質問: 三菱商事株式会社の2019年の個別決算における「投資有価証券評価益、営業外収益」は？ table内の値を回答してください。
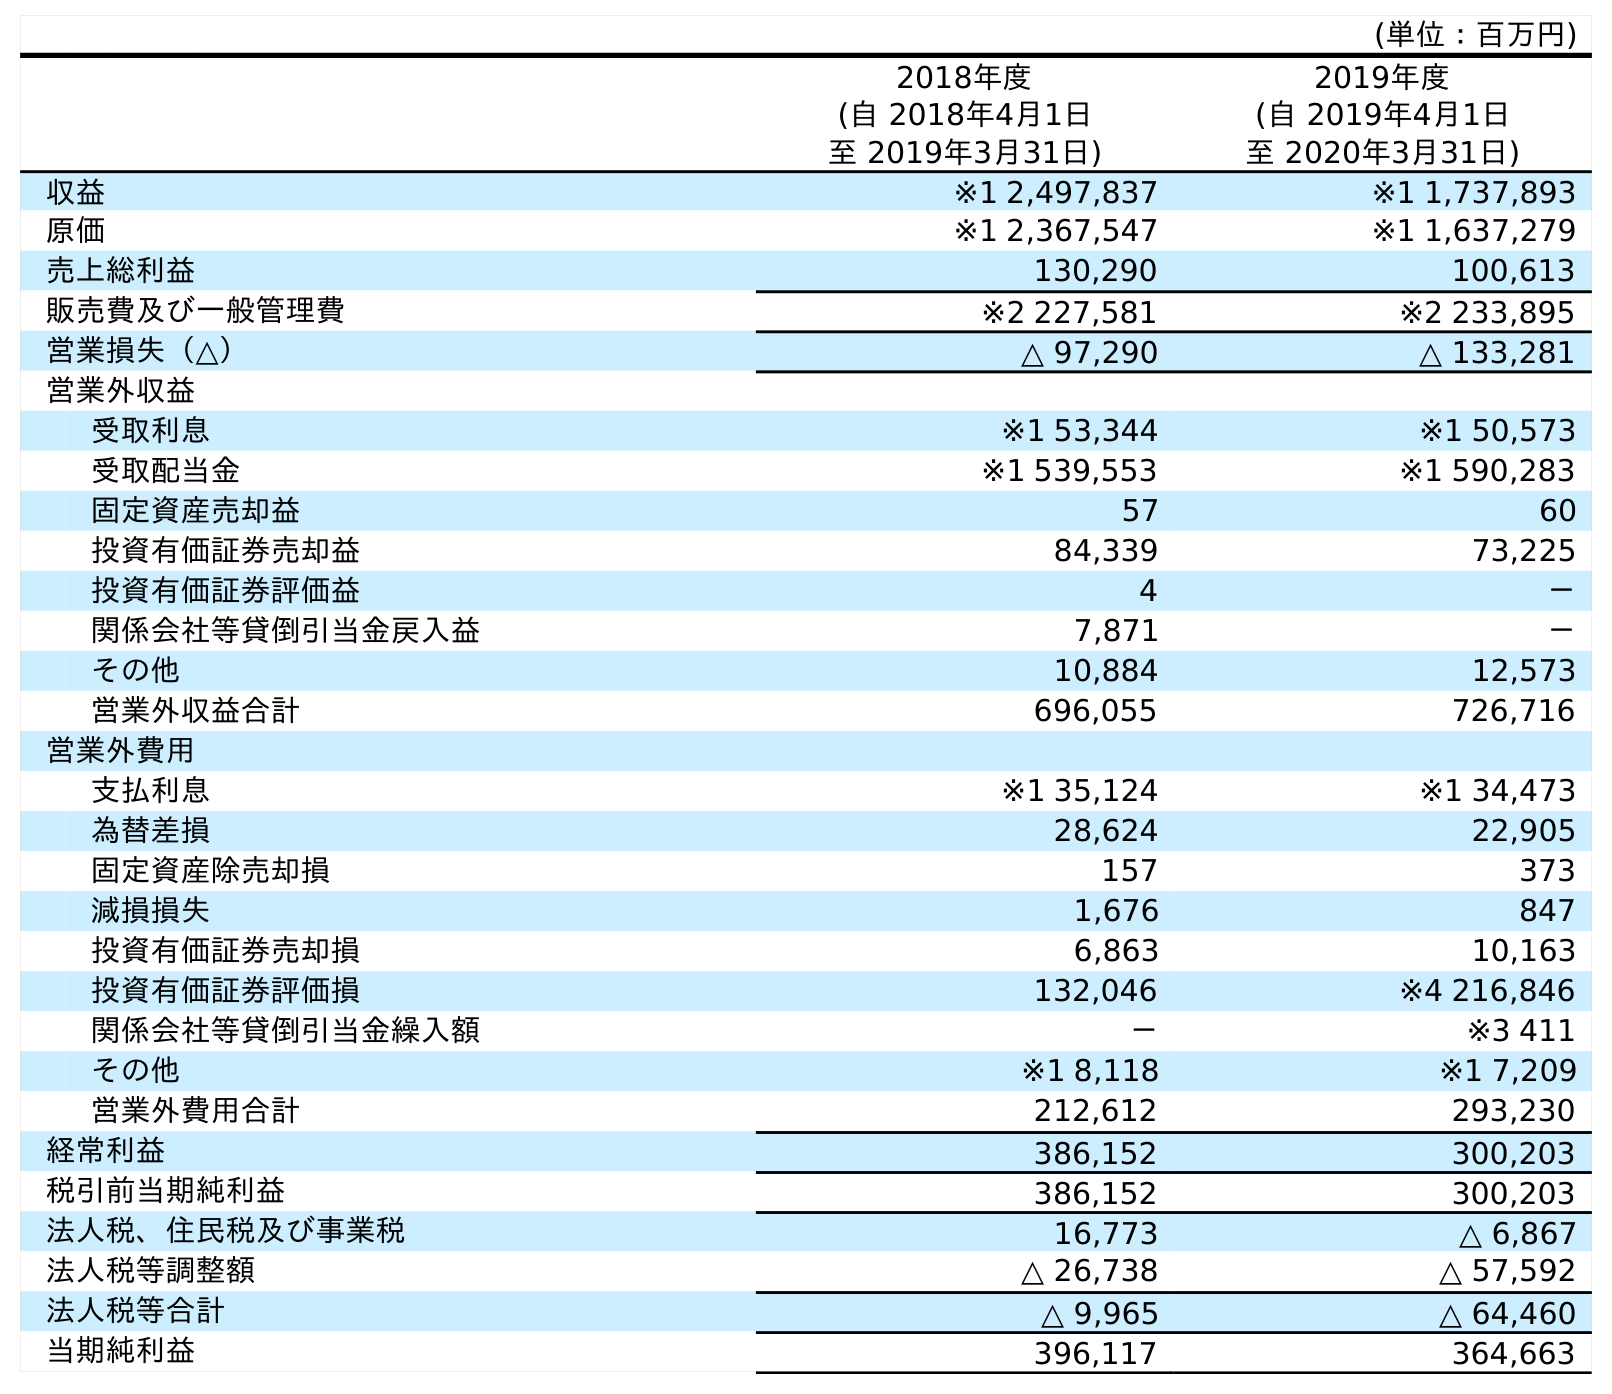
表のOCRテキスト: (単位：百万円) 2018年度 (自 2018年4月1日 至 2019年3月31日) 2019年度 (自 2019年4月1日 至 2020年3月31日) 収益 ※1 2,497,837 ※1 1,737,893 原価 ※1 2,367,547 ※1 1,637,279 売上総利益 130,290 100,613 販売費及び一般管理費 ※2 227,581 ※2 233,895 営業損失（△） △ 97,290 △ 133,281 営業外収益 受取利息 ※1 53,344 ※1 50,573 受取配当金 ※1 539,553 ※1 590,283 固定資産売却益 57 60 投資有価証券売却益 84,339 73,225 投資有価証券評価益 4 － 関係会社等貸倒引当金戻入益 7,871 － その他 10,884 12,573 営業外収益合計 696,055 726,716 営業外費用 支払利息 ※1 35,124 ※1 34,473 為替差損 28,624 22,905 固定資産除売却損 157 373 減損損失 1,676 847 投資有価証券売却損 6,863 10,163 投資有価証券評価損 132,046 ※4 216,846 関係会社等貸倒引当金繰入額 － ※3 411 その他 ※1 8,118 ※1 7,209 営業外費用合計 212,612 293,230 経常利益 386,152 300,203 税引前当期純利益 386,152 300,203 法人税、住民税及び事業税 16,773 △ 6,867 法人税等調整額 △ 26,738 △ 57,592 法人税等合計 △ 9,965 △ 64,460 当期純利益 396,117 364,663
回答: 4